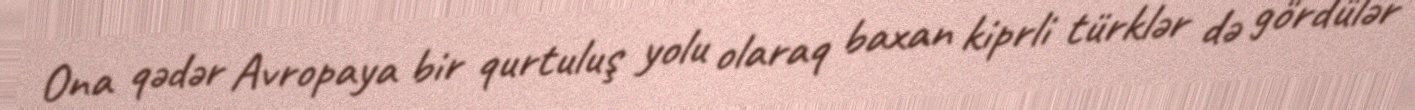
Ona qədər Avropaya bir qurtuluş yolu olaraq baxan kiprli türklər də gördülər